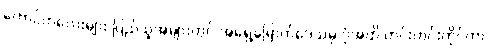
ကောင်ကလေးများ ပြည်သူအများတွင် အရှေ့မြောက်ဒေသမှ ပုံအထိ တင်းတင်းကိုင်ကာ